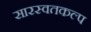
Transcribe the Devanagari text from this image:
सारस्वतकल्प